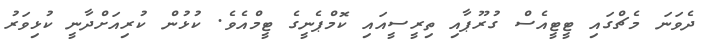
ދެވަނަ މެޗްގައި ޓީޓީއެސް ގުރޫޕާއި ތިރީސީއައި ކޮމްޕެނީގެ ޓީމްއެވެ. ކުޅުން ކުރިއަށްދާނީ ކުޅިވަރު